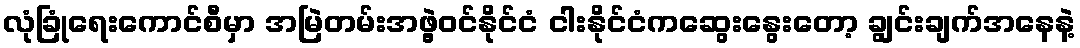
လုံခြုံရေးကောင်စီမှာ အမြဲတမ်းအဖွဲ့ဝင်နိုင်ငံ ငါးနိုင်ငံကဆွေးနွေးတော့ ချွင်းချက်အနေနဲ့